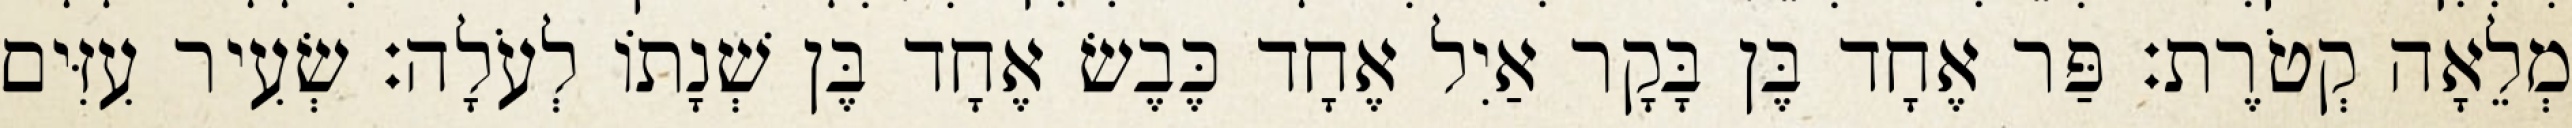
מְלֵאָה קְטֹרֶת׃ פַּר אֶחָד בֶּן בָּקָר אַיִל אֶחָד כֶּבֶשׂ אֶחָד בֶּן שְׁנָתוֹ לְעֹלָה׃ שְׂעִיר עִזִּים